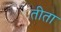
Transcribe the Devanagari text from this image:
तीता